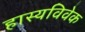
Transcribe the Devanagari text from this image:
हास्यविवेक